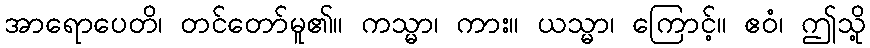
အာရောပေတိ၊ တင်တော်မူ၏။ ကသ္မာ၊ ကား။ ယသ္မာ၊ ကြောင့်။ ဧဝံ၊ ဤသို့